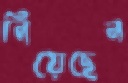
নিয়েছেন